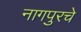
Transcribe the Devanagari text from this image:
नागपुरचे